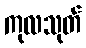
ကုလသုတ်